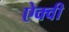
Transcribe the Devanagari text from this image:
ऐक्वी